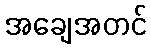
အချေအတင်